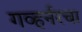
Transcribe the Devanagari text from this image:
गव्हर्नरचा